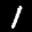
Label: 1